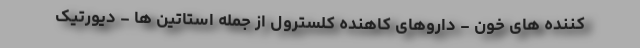
کننده های خون - داروهای کاهنده کلسترول از جمله استاتین ها - دیورتیک